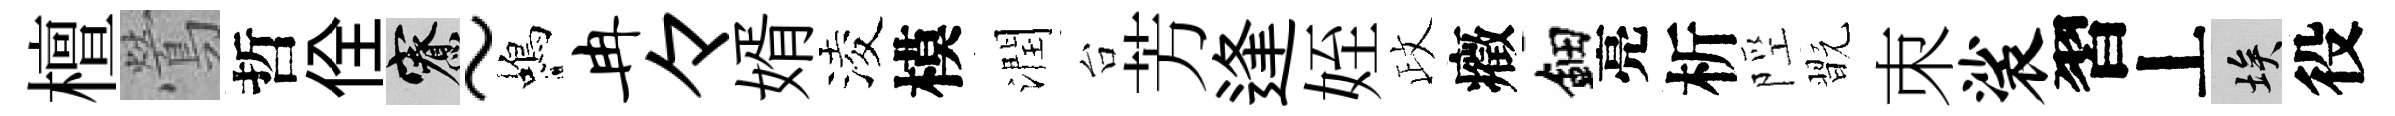
檀鶯哲佺寮~蝎冉々婿淩模潤台芳逢姪政癥鈿亮析陘翫朿裟習丄埃役